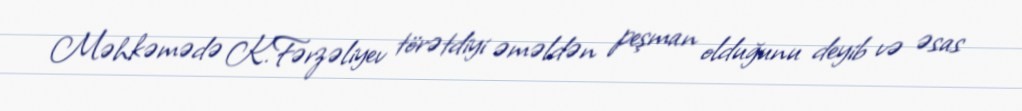
Məhkəmədə K.Fərzəliyev törətdiyi əməldən peşman olduğunu deyib və əsas